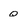
Character: q